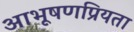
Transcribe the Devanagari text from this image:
आभूषणप्रियता